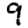
Digit: 9